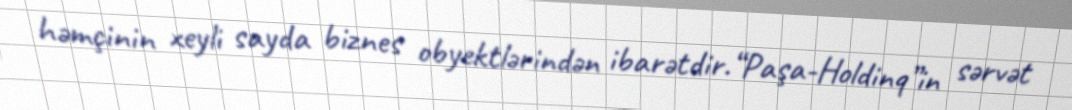
həmçinin xeyli sayda biznes obyektlərindən ibarətdir.“Paşa-Holdinq”in sərvət